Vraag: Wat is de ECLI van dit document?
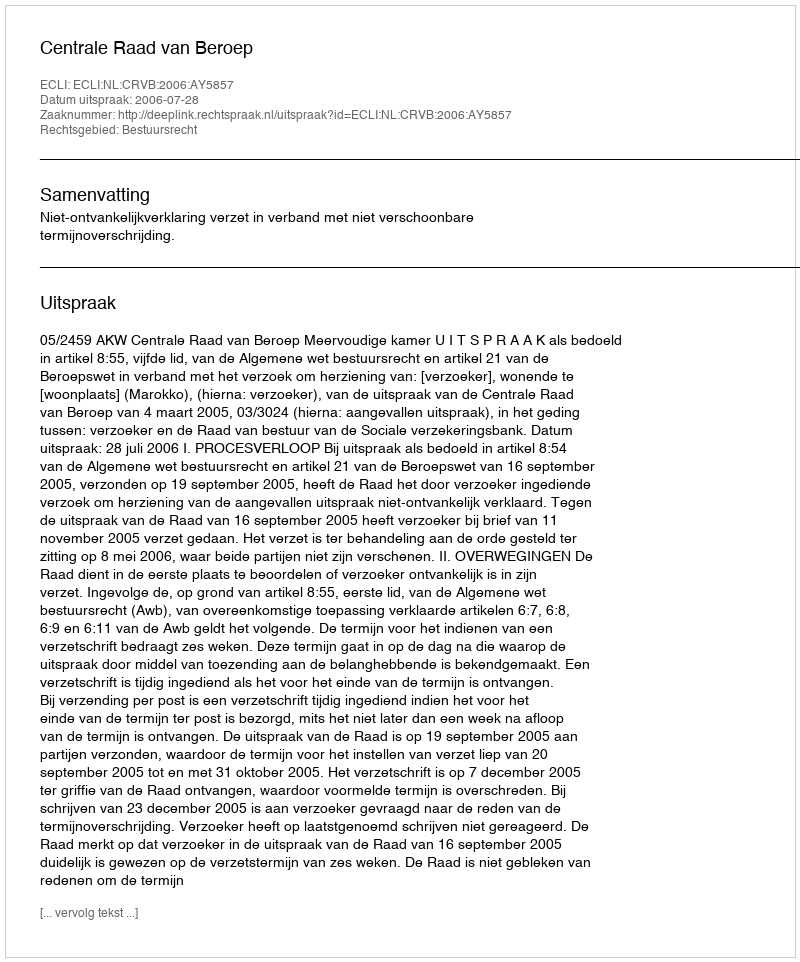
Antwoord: ECLI:NL:CRVB:2006:AY5857